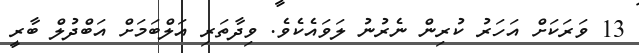
13 ވަރަކަށް އަހަރު ކުރިން ނެރުނު ލަވައެެކެވެ. ވިދާތަރި އަލްބަމަށް އަބްދުލް ބާރީ